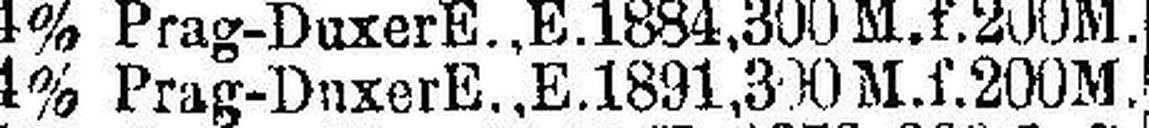
4% Prag-Duxer E., E. 1891, 300 M.f. 200 M.